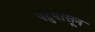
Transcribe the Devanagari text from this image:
पटुपासून